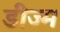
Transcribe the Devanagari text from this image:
डीज्म